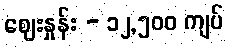
ဈေးနှုန်း - ၁၂,၅၀၀ ကျပ်